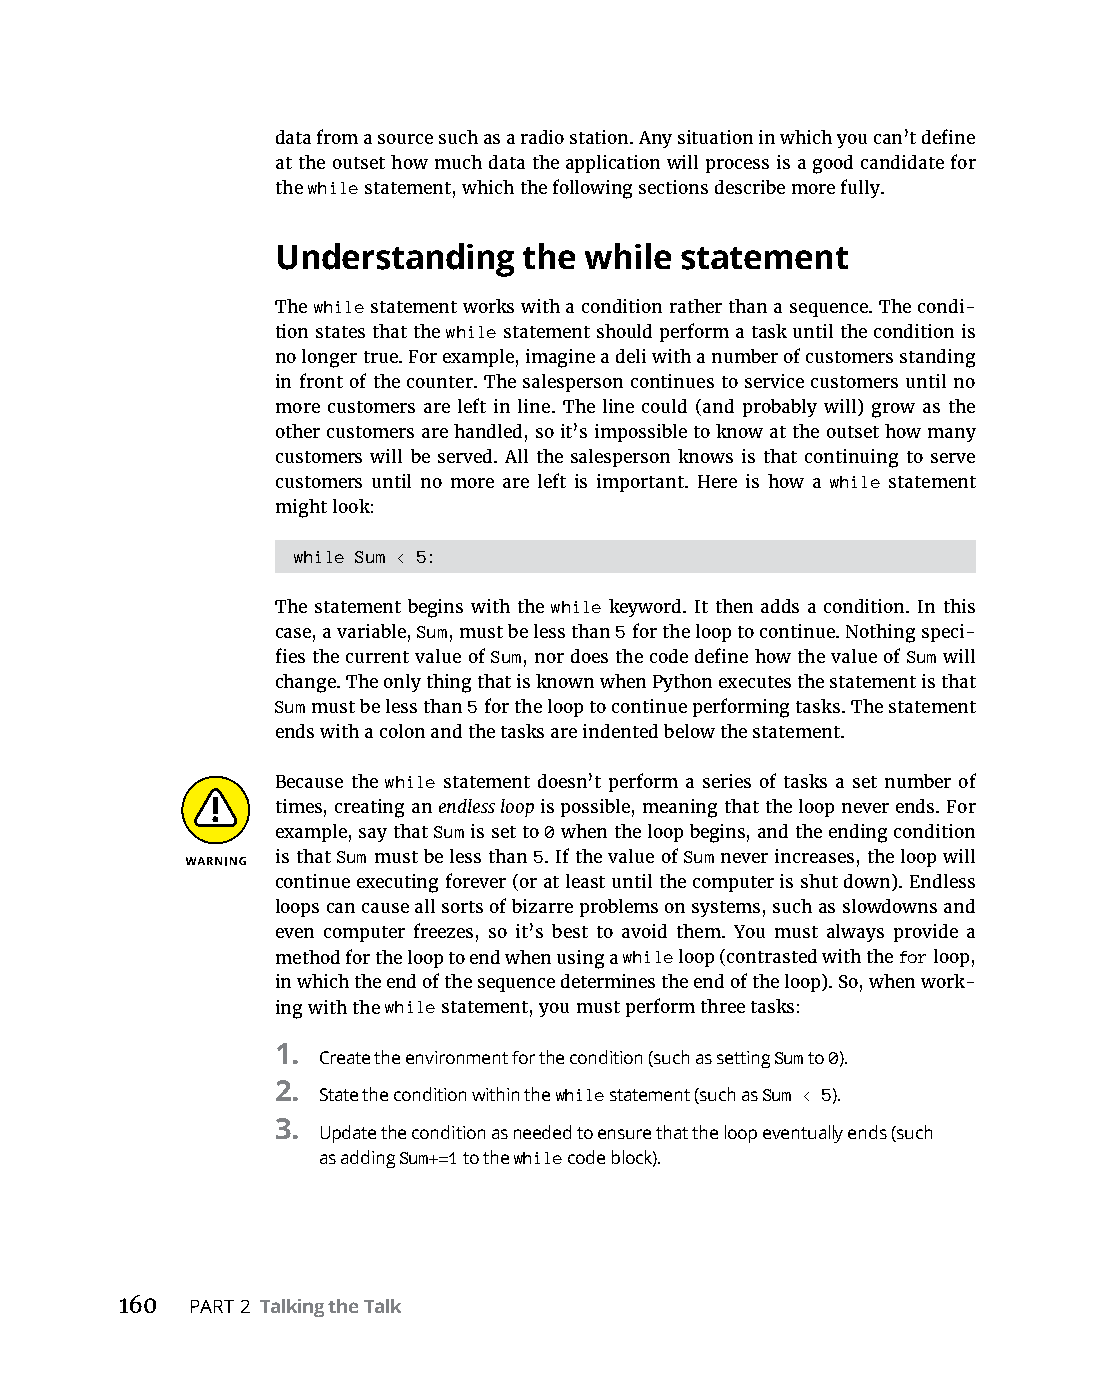
data from a source such as a radio station. Any situation in which you can’t define
 at the outset how much data the application will process is a good candidate for
 the while statement, which the following sections describe more fully.
 Understanding    the while statement
 The while statement works with a condition rather than a sequence. The condi-
 tion states that the while statement should perform a task until the condition is
 no longer true. For example, imagine a deli with a number of customers standing
 in front of the counter. The salesperson continues to service customers until no
 more customers are left in line. The line could (and probably will) grow as the
 other customers are handled, so it’s impossible to know at the outset how many
 customers will be served. All the salesperson knows is that continuing to serve
 customers until no more are left is important. Here is how a while statement
 might look:
 while Sum < 5:
 The statement begins with the while keyword. It then adds a condition. In this
 case, a variable, Sum, must be less than 5 for the loop to continue. Nothing speci-
 fies the current value of Sum, nor does the code define how the value of Sum will
 change. The only thing that is known when Python executes the statement is that
 Sum must be less than 5 for the loop to continue performing tasks. The statement
 ends with a colon and the tasks are indented below the statement.
 Because the while statement doesn’t perform a series of tasks a set number of
 times, creating an endless loop is possible, meaning that the loop never ends. For
 example, say that Sum is set to 0 when the loop begins, and the ending condition
 is that Sum must be less than 5. If the value of Sum never increases, the loop will
 continue executing forever (or at least until the computer is shut down). Endless
 loops can cause all sorts of bizarre problems on systems, such as slowdowns and
 even computer freezes, so it’s best to avoid them. You must always provide a
 method for the loop to end when using a while loop (contrasted with the for loop,
 in which the end of the sequence determines the end of the loop). So, when work-
 ing with the while statement, you must perform three tasks:
 1. Create the environment for the condition (such as setting Sum to 0).
 2. State the condition within the while statement (such as Sum < 5).
 3.
 Update the condition as needed to ensure that the loop eventually ends (such
 as adding Sum+=1 to the while code block).
 160  PART 2 Talking the Talk